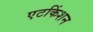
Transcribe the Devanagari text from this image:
एटकिंशन